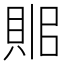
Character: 𧵫